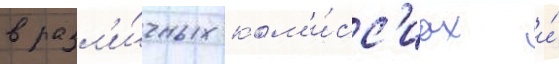
в разл'и́чных ком'и́сс'иах и́